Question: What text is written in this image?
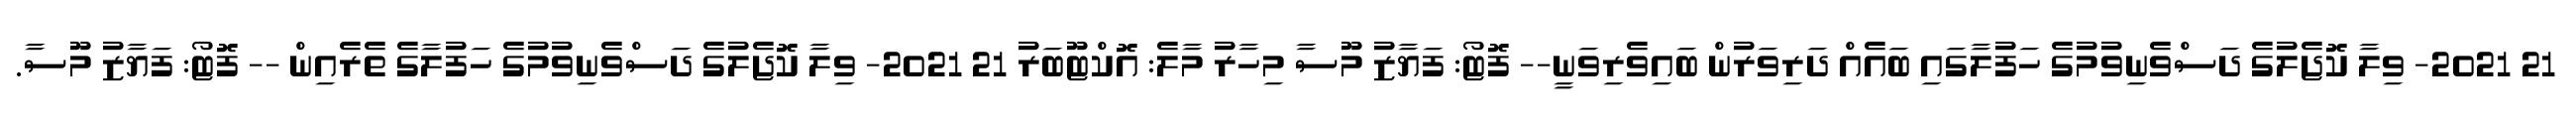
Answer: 21 2021- ވިލާ ކޮޖެލުގެ ދަސްވެނިވުމުގެ ހަފުލާގައި ބައެއް ދަރިވަރުން ބައިވެރިވަނީ-- ފޮޓޯ: ފަޔާޒު މޫސާ މިހާރު މާލެ: އޮކްޓޫބަރު 21 2021- ވިލާ ކޮޖެލުގެ ދަސްވެނިވުމުގެ ހަފުލާގެ ތެރެއިން -- ފޮޓޯ: ފަޔާޒު މޫސާ.